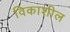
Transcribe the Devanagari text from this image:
विकाशील